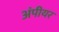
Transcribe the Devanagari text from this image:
अंपीयर